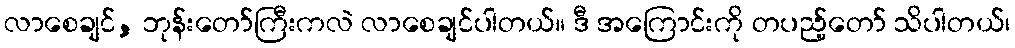
လာစေချင်, ဘုန်းတော်ကြီးကလဲ လာစေချင်ပါတယ်။ ဒီ အကြောင်းကို တပည့်တော် သိပါတယ်၊